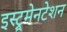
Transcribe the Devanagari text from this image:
इस्ट्रूमेनटेशन